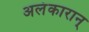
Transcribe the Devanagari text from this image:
अलंकारान्